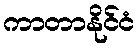
ကာတာနိုင်ငံ